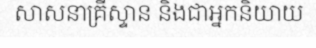
សាសនាគ្រីស្ទាន និងជាអ្នកនិយាយ